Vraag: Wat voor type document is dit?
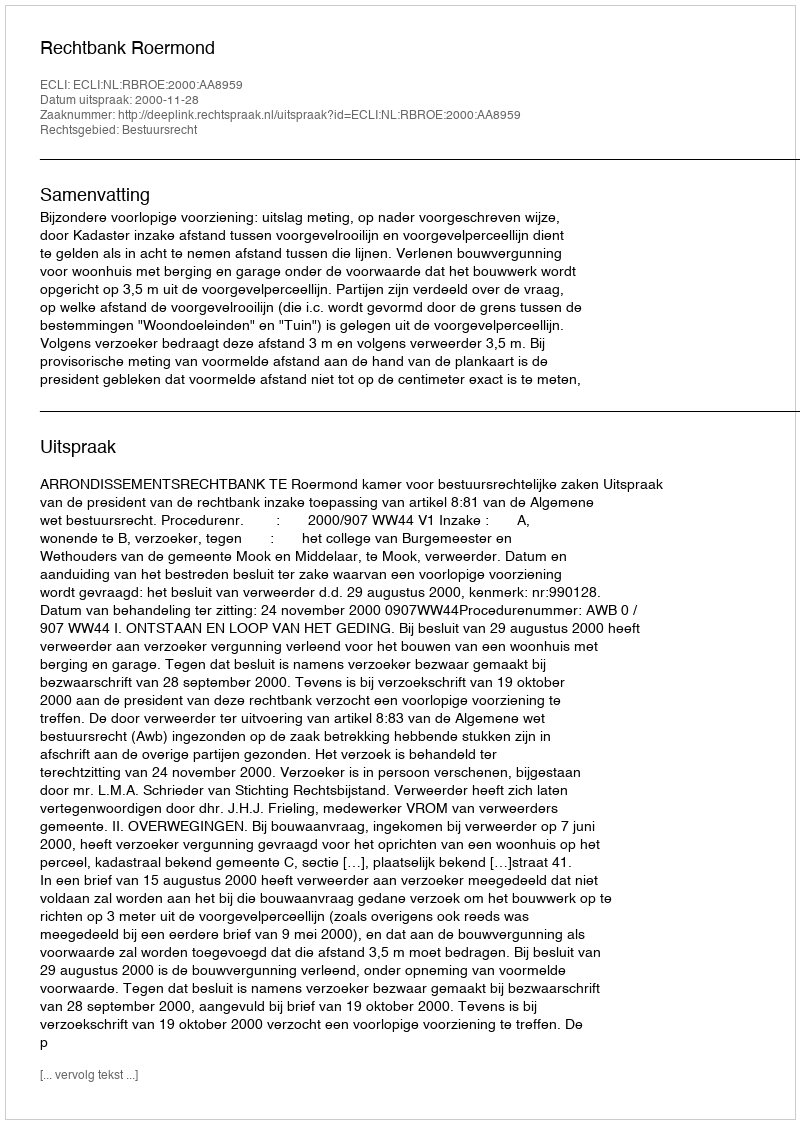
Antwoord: Uitspraak